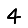
Digit: 4